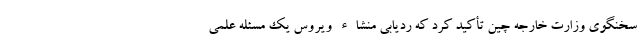
سخنگوی وزارت خارجه چین تأکید کرد که ردیابی منشاء ویروس یک مسئله علمی